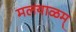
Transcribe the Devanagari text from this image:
मलयाळम्